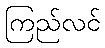
ကြည်လင်